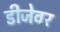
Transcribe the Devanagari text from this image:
डीजेवर